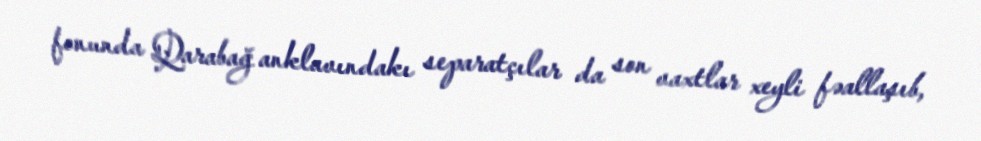
fonunda Qarabağ anklavındakı separatçılar da son vaxtlar xeyli fəallaşıb,